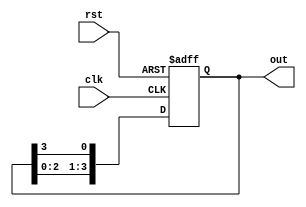
module ring_counter #(parameter N = 4) (
    input wire clk,        // Clock input
    input wire rst,        // Reset input
    output reg [N-1:0] out // Output of the ring counter
);

// Initial state for the ring counter
initial begin
    out = 1'b1; // Set the initial state to 100...0
end

// Always block triggered on the rising edge of the clock or reset
always @(posedge clk or posedge rst) begin
    if (rst) begin
        out <= 1'b1; // Reset the counter to the initial state
    end else begin
        // Shift the '1' to the right in a circular manner
        out <= {out[N-2:0], out[N-1]}; // Move the '1' to the next position
    end
end

endmodule